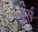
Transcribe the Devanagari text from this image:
ज़ुर्स